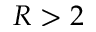
R > 2